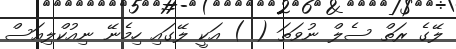
ލޭގެ ރަތް ސެލް ނުވަތަ ( ) އަކީ ލޭގައި ހިމެނޭ ނިއުކްލިއަސް